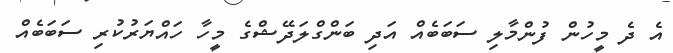
އެ ދެ މީހުން ފުންމާލި ސަބަބެއް އަދި ބަންގްލަދޭޝްގެ މީހާ ހައްޔަރުކުރި ސަބަބެއް